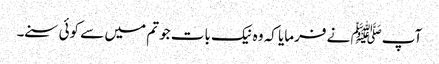
آپﷺ نے فرمایا کہ وہ نیک بات جو تم میں سے کوئی سنے۔